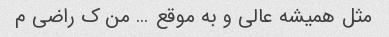
مثل همیشه عالی و به موقع … من ک راضی م